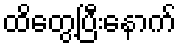
ထိတွေ့ပြီးနောက်